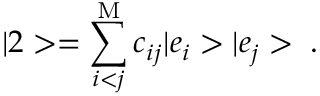
| 2 > = \sum _ { i < j } ^ { \mathrm { M } } c _ { i j } | e _ { i } > | e _ { j } > \; .